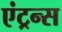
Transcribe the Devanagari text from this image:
एंट्रन्स